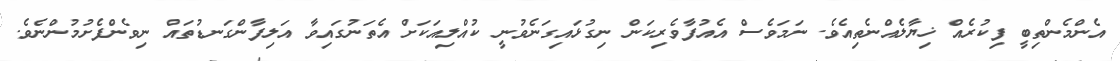
އެންމެންތިބީ ފިކުރެއް ޚިޔާލެއްނެތިއެވެ. ނަމަވެސް އެއުފާވެރިކަން ނިގުޅައިގަނެވުނީ ކުއްލިއަކަށް އެތަނުގައިވާ އަލިފާންގަނޑުތައް ނިވެންފެށުމުންނެވެ.